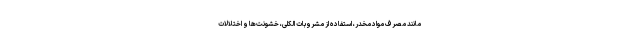
مانند مصرف مواد مخدر، استفاده از مشروبات الکلی، خشونت‌ها و اختلالات